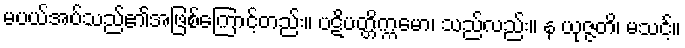
မပယ်အပ်သည်၏အဖြစ်ကြောင့်တည်း။ ပဋိပတ္တိက္ကမော၊ သည်လည်း။ န ယုဇ္ဇတိ၊ မသင့်။